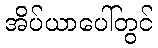
အိပ်ယာပေါ်တွင်